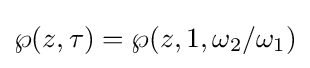
\wp (z,\tau )=\wp (z,1,\omega _{2}/\omega _{1})